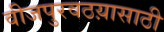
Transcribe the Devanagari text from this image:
वीजपुरवठय़ासाठी